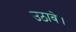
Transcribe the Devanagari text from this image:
उठावे।